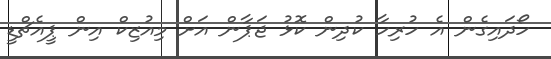
ހޯދައިގެން އެ ހުރިހާ ކުދިން ކޮޅު ޖަޕާން އަށް މިއުޒިކް އިން ޕީއެޗްޑީ